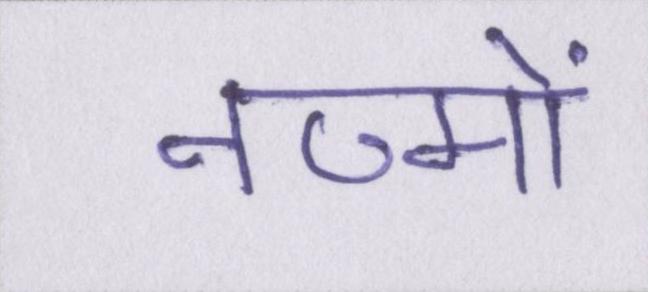
नज्मों